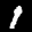
Label: 1